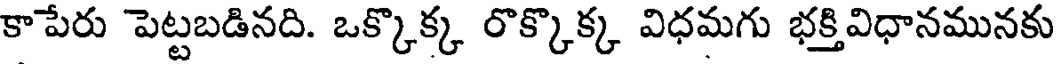
కాపేరు పెట్టబడినది. ఒక్కొక్క రొక్కొక్క విధమగు భక్తివిధానమునకు